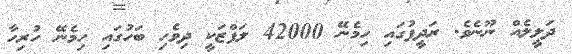
ދަލީލެއް ނޫނެވެ. ރަދީފުގައި ހިމެނޭ 42000 ލަފްޒަކީ ދިވެހި ބަހުގައި ހިމެނޭ ހުރިހާ